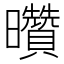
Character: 𰖽